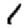
Digit: 1